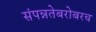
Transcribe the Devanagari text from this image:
संपन्नतेबरोबरच